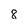
Character: 8